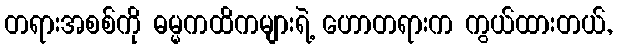
တရားအစစ်ကို ဓမ္မကထိကများရဲ့ ဟောတရားက ကွယ်ထားတယ်,